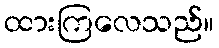
ထားကြလေသည်။